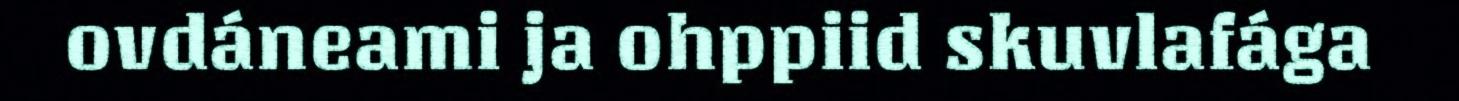
ovdáneami ja ohppiid skuvlafága